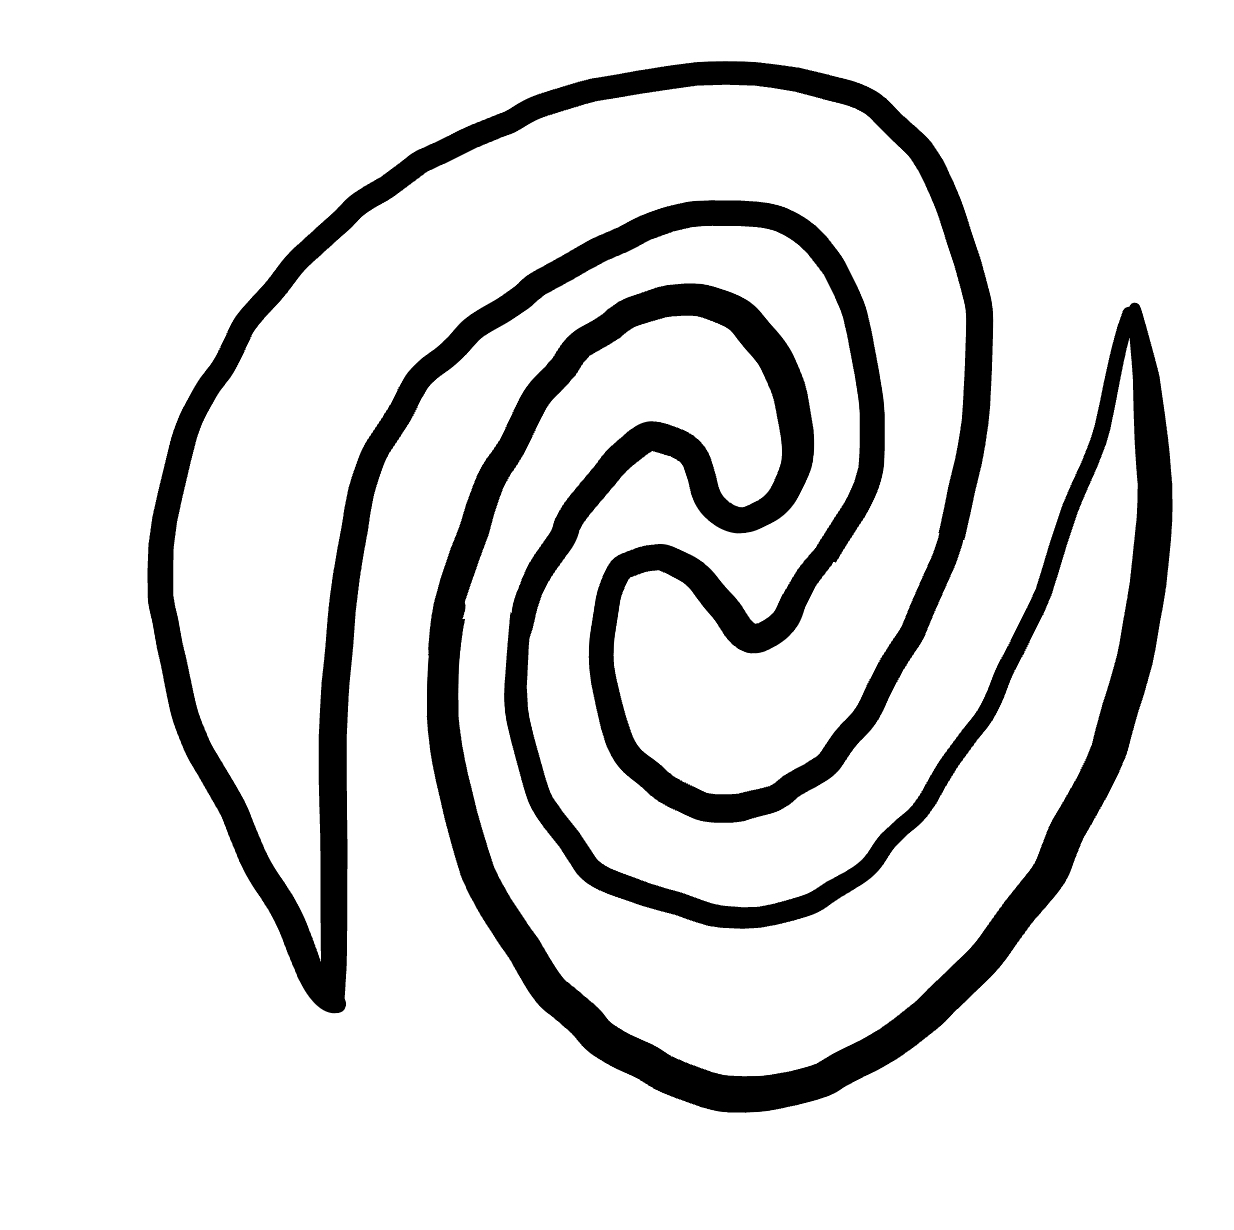
Number of regions (including the outer root region): 3
Containment tree edges (parent, child): 0, 1, 0, 2